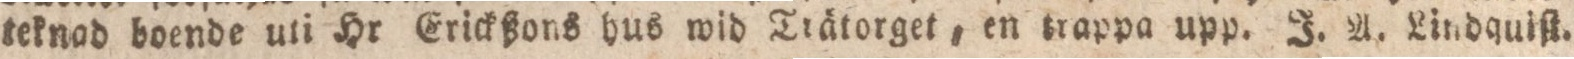
teknad boende uti Hr Erickßons hus wid Trätorget, en trappa upp. J. A. Lindquiſt.